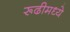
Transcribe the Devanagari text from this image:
रूढीमध्ये